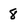
Character: 8